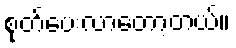
စုတ်ပေးလာတော့တယ်။